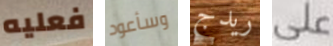
فعليه وسأعود ريدج على